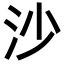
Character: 沙